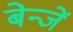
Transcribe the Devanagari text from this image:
बेन्जें